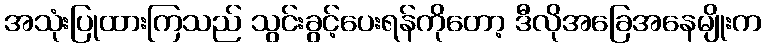
အသုံးပြုထားကြသည် သွင်းခွင့်ပေးရန်ကိုတော့ ဒီလိုအခြေအနေမျိုးက